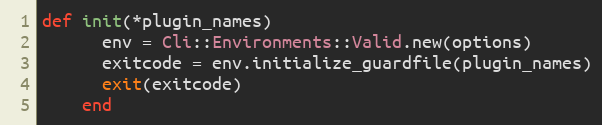
Language: Ruby
def init(*plugin_names)
      env = Cli::Environments::Valid.new(options)
      exitcode = env.initialize_guardfile(plugin_names)
      exit(exitcode)
    end